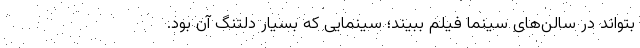
بتواند در سالن‌های سینما فیلم ببیند؛ سینمایی که بسیار دلتنگ آن بود.